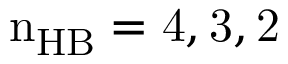
\mathrm { n _ { H B } = 4 , 3 , 2 }